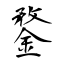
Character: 鍪